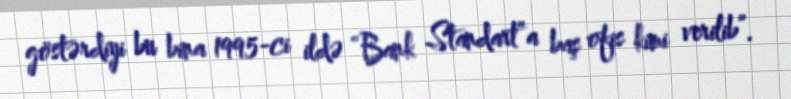
göstərdiyi bu bina 1995-ci ildə “Bank Standart”a baş ofis kimi verilib”.